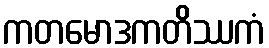
ကတမောဒကတိဿကံ